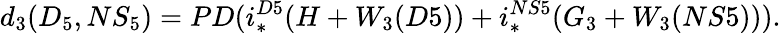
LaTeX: d_{3}(D_{5},NS_{5})=PD(i_{*}^{D5}(H+W_{3}(D5))+i_{*}^{NS5}(G_{3}+W_{3}(NS5))).